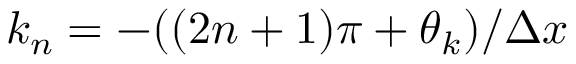
k _ { n } = - ( ( 2 n + 1 ) \pi + \theta _ { k } ) / \Delta x